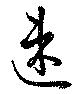
速